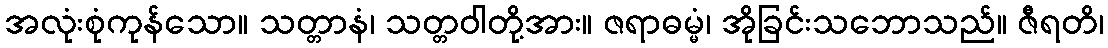
အလုံးစုံကုန်သော။ သတ္တာနံ၊ သတ္တဝါတို့အား။ ဇရာဓမ္မံ၊ အိုခြင်းသဘောသည်။ ဇီရတိ၊